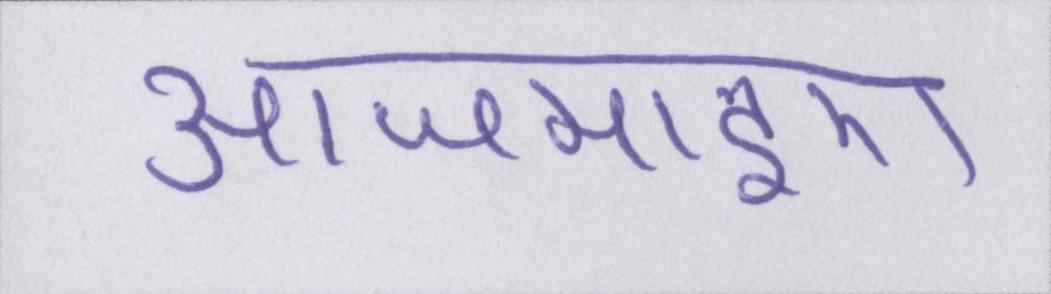
आजमाइए